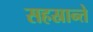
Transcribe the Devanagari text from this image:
सहस्रान्ते